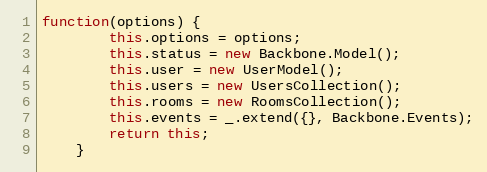
Language: JavaScript
function(options) {
        this.options = options;
        this.status = new Backbone.Model();
        this.user = new UserModel();
        this.users = new UsersCollection();
        this.rooms = new RoomsCollection();
        this.events = _.extend({}, Backbone.Events);
        return this;
    }